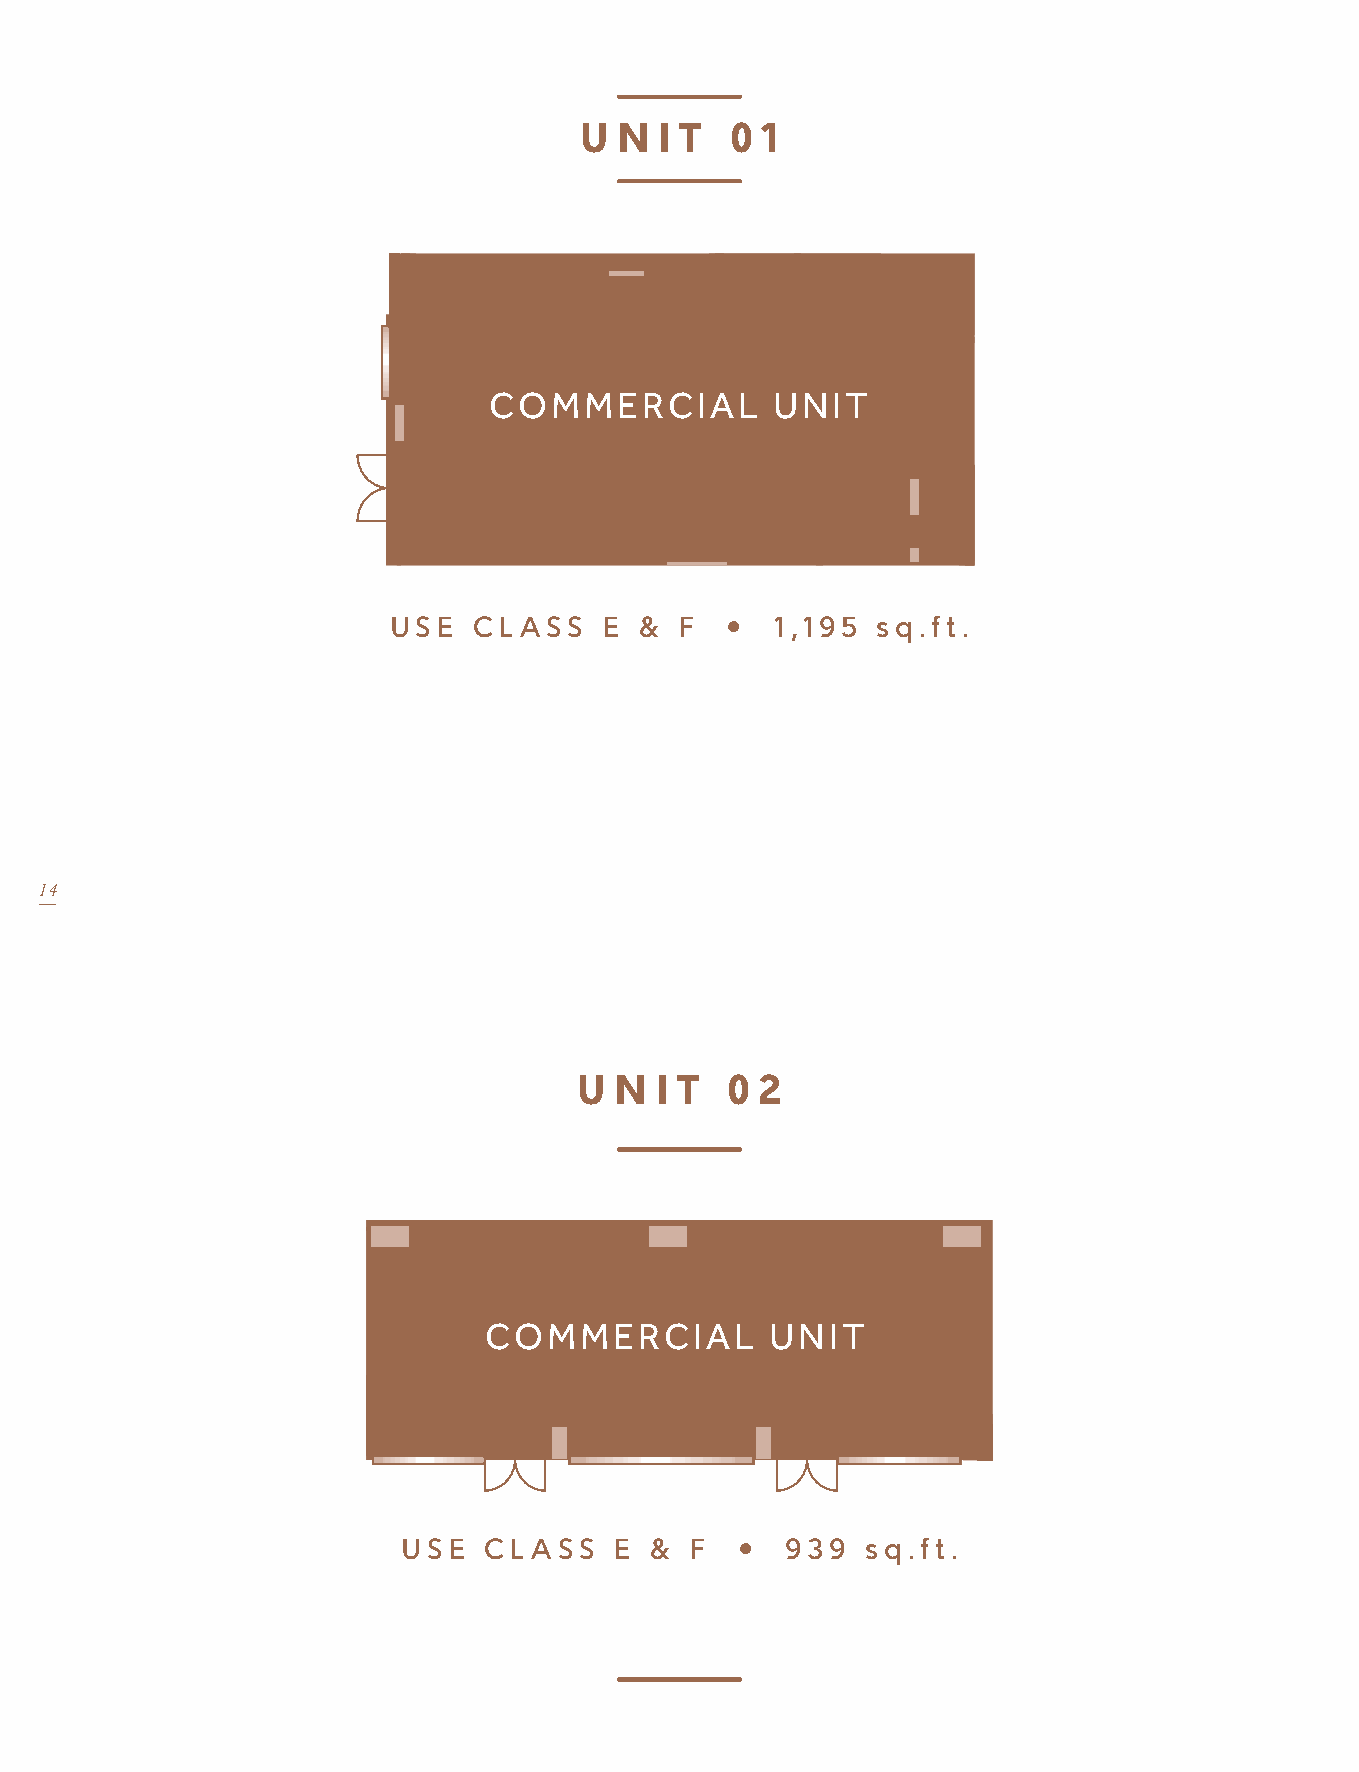
61 62 63 64 65 66 67 68 69 70 71 72 73 74 75 76 77 78 79 80 81 82 83 84 85 86 87 88 89 90 91 92 93 94
 47 46 45 44
 60 59 58 57 56 55 54 53 52 51 50 49 48 43 42 41 40 39 38 37
 13 14 15 16 17 18 19 20 21 22 23 24 25 26 27 28 29 30 31 32 33 34 35 36
 U  N  I T 0 1
 COMMERCIAL UNIT COMMERCIAL UNIT
 12 11 10 9 8 7 6 5 4 3       2         1
 61 62 63 64 65 66 67 68 69 70 71 72 73 74 75 76 77 78 79 80 81 82 83 84 85 86 87 88 89 90 91 92 93 94
 COMMERCIAL         UNIT
 USE  CL ASS   E &  F  •  1,195  sq.ft.
 47 46 45     44
 60 59 58 57 56 55 54 53 52 51 50 49 48 43    42     41    40    39         38       37
 COMMERCIAL UNIT
 14
 13 14 15 16 17 18 19 20 21 22 23 24 25 26 27 28 29 30 31 32 33  34        35        36
 U  N I T  0 2
 COMMERCIAL UNIT                 COMMERCIAL         UNIT
 12 11 10 9 8 7 6 5 4 3                                              2        1
 USE  CL ASS   E &  F  •  939  sq.ft.
 COMMERCIAL        UNIT
 COMMERCIAL UNIT